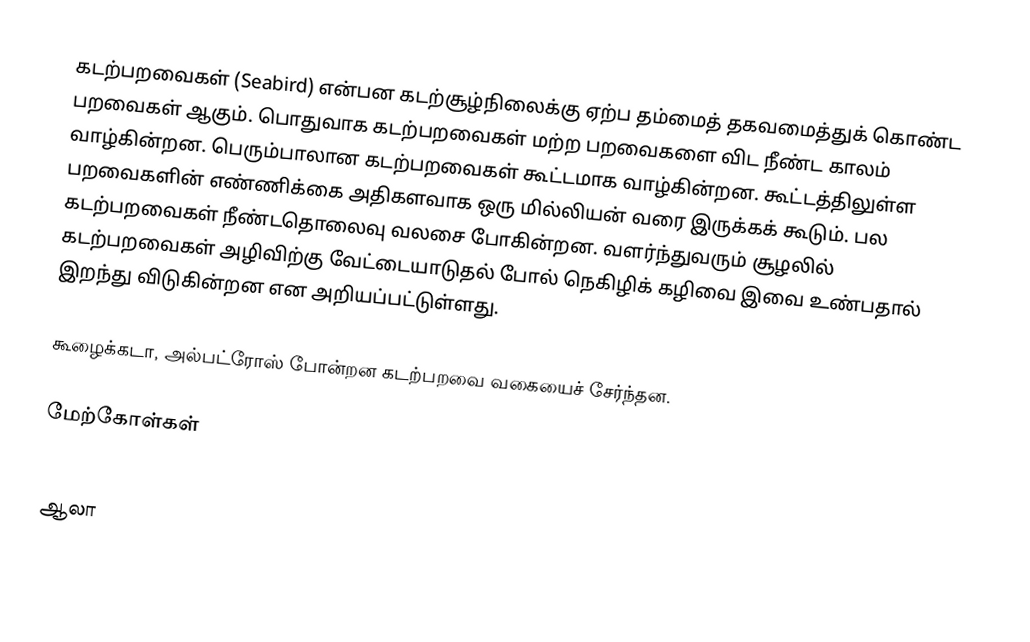
கடற்பறவைகள் (Seabird) என்பன கடற்சூழ்நிலைக்கு ஏற்ப தம்மைத் தகவமைத்துக் கொண்ட பறவைகள் ஆகும். பொதுவாக கடற்பறவைகள் மற்ற பறவைகளை விட நீண்ட காலம் வாழ்கின்றன. பெரும்பாலான கடற்பறவைகள் கூட்டமாக வாழ்கின்றன. கூட்டத்திலுள்ள பறவைகளின் எண்ணிக்கை அதிகளவாக ஒரு மில்லியன் வரை இருக்கக் கூடும். பல கடற்பறவைகள் நீண்டதொலைவு வலசை போகின்றன. வளர்ந்துவரும் சூழலில் கடற்பறவைகள் அழிவிற்கு வேட்டையாடுதல் போல் நெகிழிக் கழிவை இவை உண்பதால் இறந்து விடுகின்றன என அறியப்பட்டுள்ளது.

கூழைக்கடா, அல்பட்ரோஸ் போன்றன கடற்பறவை வகையைச் சேர்ந்தன.

மேற்கோள்கள்

ஆலா